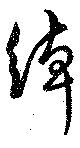
綽